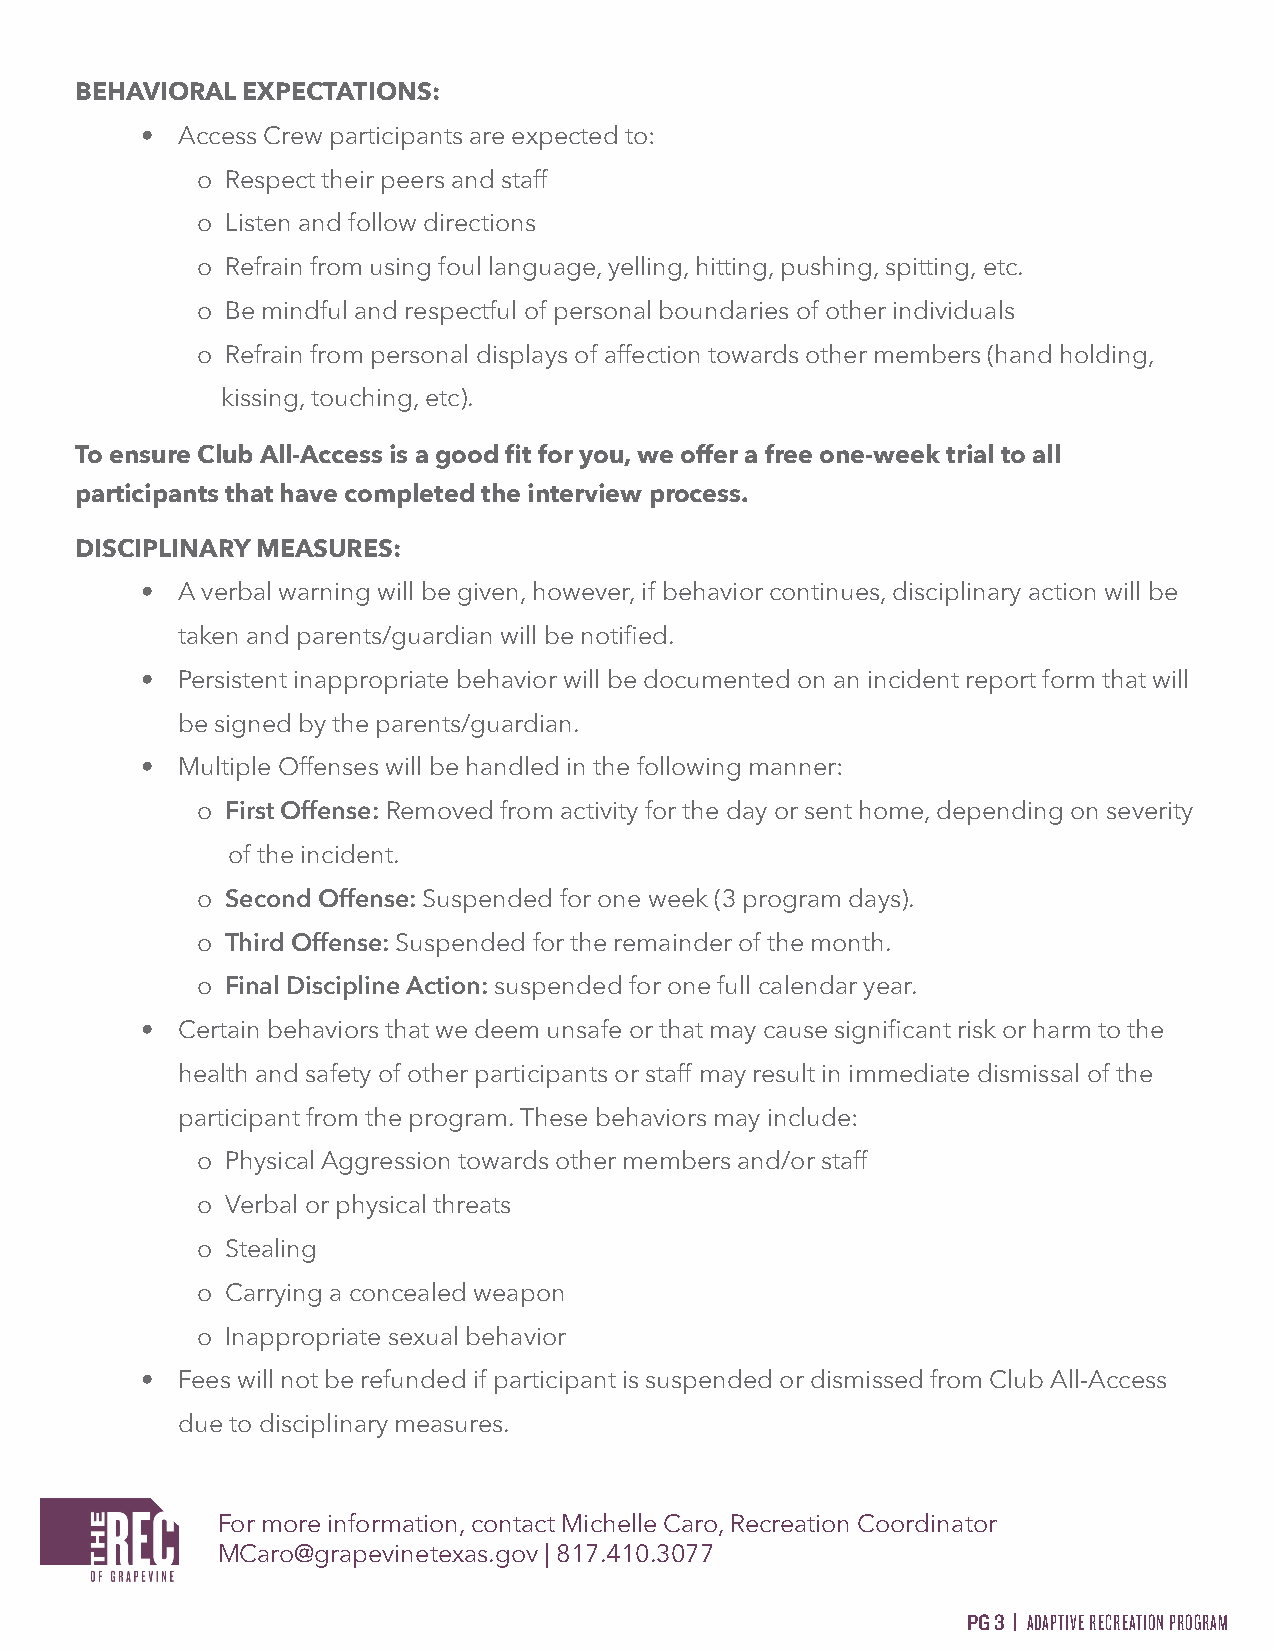
BEHAVIORAL EXPECTATIONS:
 •  Access Crew participants are expected to:
 o Respect their peers and staff
 o Listen and follow directions
 o Refrain from using foul language, yelling, hitting, pushing, spitting, etc.
 o Be mindful and respectful of personal boundaries of other individuals
 o Refrain from personal displays of affection towards other members (hand holding,
 kissing, touching, etc).
 To ensure Club All-Access is a good fit for you, we offer a free one-week trial to all
 participants that have completed the interview process.
 DISCIPLINARY MEASURES:
 •  A verbal warning will be given, however, if behavior continues, disciplinary action will be
 taken and parents/guardian will be notified.
 •  Persistent inappropriate behavior will be documented on an incident report form that will
 be signed by the parents/guardian.
 •  Multiple Offenses will be handled in the following manner:
 o First Offense: Removed from activity for the day or sent home, depending on severity
 of the incident.
 o Second Offense: Suspended for one week (3 program days).
 o Third Offense: Suspended for the remainder of the month.
 o Final Discipline Action: suspended for one full calendar year.
 •  Certain behaviors that we deem unsafe or that may cause significant risk or harm to the
 health and safety of other participants or staff may result in immediate dismissal of the
 participant from the program. These behaviors may include:
 o Physical Aggression towards other members and/or staff
 o Verbal or physical threats
 o Stealing
 o Carrying a concealed weapon
 o Inappropriate sexual behavior
 •  Fees will not be refunded if participant is suspended or dismissed from Club All-Access
 due to disciplinary measures.
 For more information, contact Michelle Caro, Recreation Coordinator
 MCaro@grapevinetexas.gov | 817.410.3077
 PG 3 | ADAPTIVE RECREATION PROGRAM